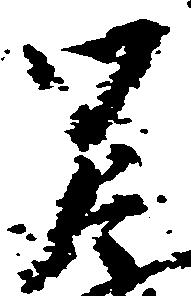
覚